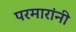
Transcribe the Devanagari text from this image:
परमारांनी